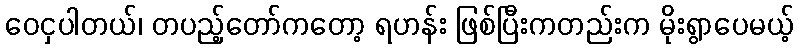
ဝေငှပါတယ်၊ တပည့်တော်ကတော့ ရဟန်း ဖြစ်ပြီးကတည်းက မိုးရွာပေမယ့်